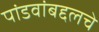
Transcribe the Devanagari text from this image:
पांडवांबद्दलचे